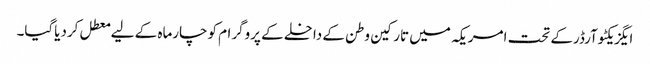
ایگزیکٹوآرڈرکے تحت امریکہ میں تارکین وطن کے داخلے کے پروگرام کوچارماہ کے لیے معطل کردیاگیا۔